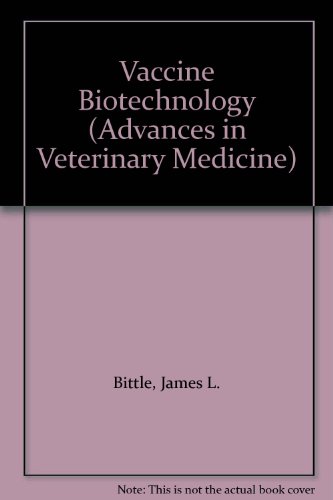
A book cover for Vaccine Biotechnology (Advances in Veterinary Medicine); James L. Bittle; Medical Books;